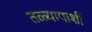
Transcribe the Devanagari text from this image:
तळ्यापाशीं